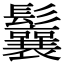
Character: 鬤